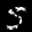
Label: 5